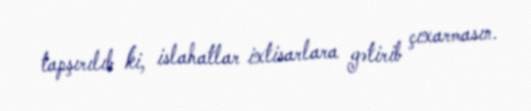
tapşırılıb ki, islahatlar ixtisarlara gətirib çıxarmasın.